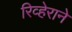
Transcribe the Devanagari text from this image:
रिव्हेराने